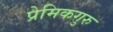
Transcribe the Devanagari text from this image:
प्रेमिकगुरु